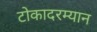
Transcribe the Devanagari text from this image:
टोकादरम्यान